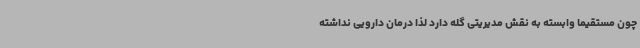
چون مستقیما وابسته به نقش مدیریتی گله دارد لذا درمان دارویی نداشته